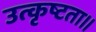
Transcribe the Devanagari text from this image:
उत्कृष्टता॥